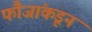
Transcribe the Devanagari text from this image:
फौजांकडून